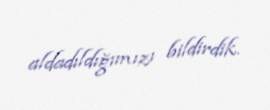
aldadıldığımızı bildirdik.